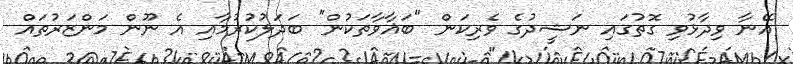
އޭނާ ވިދާޅުވި ގޮތުގައި ނަޝީދުގެ ވެރިކަން "ބަޣާވާތަކުން" ބަދަލުކުރުމާއި އެ ނޫން މަންޒަރުތައް